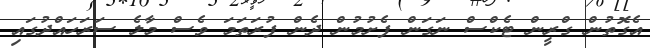
އެގޮތުން ގްރީން ޓެކްސް ނަގަން ފެށުމުން ދެން ފުރަތަމަ ވެސް މާލެ ސަރަހައްދުގައި